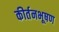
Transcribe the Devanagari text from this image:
कीर्तनभूषण